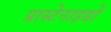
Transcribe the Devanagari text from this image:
प्रास्टेनाइडों